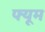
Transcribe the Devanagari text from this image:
फ्यूम